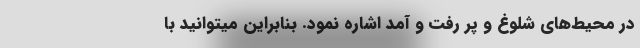
در محیط‌های شلوغ و پر رفت و آمد اشاره نمود. بنابراین میتوانید با